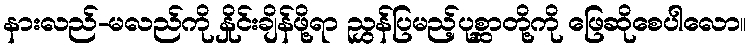
နားလည်-မလည်ကို နှိုင်းချိန်ဖို့ရာ ညွှန်ပြမည့်ပုစ္ဆာတို့ကို ဖြေဆိုစေပါလော။